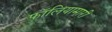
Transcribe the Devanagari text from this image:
फॉलियामारी